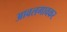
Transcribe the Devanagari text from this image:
आवलगावकर